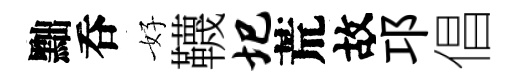
黜呑好韈圯荒故邛倡